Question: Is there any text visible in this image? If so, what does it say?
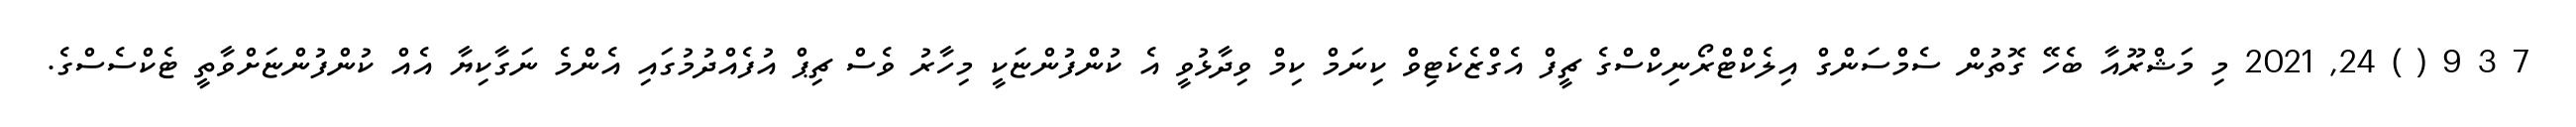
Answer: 7 3 9 ( ) 24, 2021 މި މަޝްރޫއާ ބެހޭ ގޮތުން ސެމްސަންގް އިލެކްޓްރޯނިކްސްގެ ޗީފް އެގްޒެކެޓިވް ކިނަމް ކިމް ވިދާޅުވީ އެ ކުންފުންޏަކީ މިހާރު ވެސް ޗިޕް އުފެއްދުމުގައި އެންމެ ނަގާކިޔާ އެއް ކުންފުންޏަށްވާތީ ޓެކްސެސްގެ.